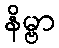
နိမ္ဗာ